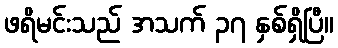
ဖရိမင်းသည် အသက် ၃၇ နှစ်ရှိပြီ။